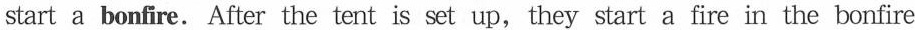
start a bonfire. After the tent is set up, they start a fire in the bonfire